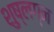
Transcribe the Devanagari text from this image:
शुष्लग्न